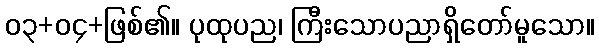
၀၃+၀၄+ဖြစ်၏။ ပုထုပည၊ ကြီးသောပညာရှိတော်မူသော။